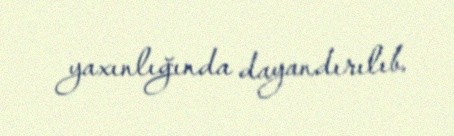
yaxınlığında dayandırılıb.